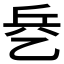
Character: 𰁃